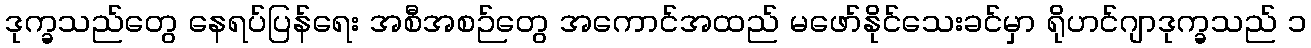
ဒုက္ခသည်တွေ နေရပ်ပြန်ရေး အစီအစဉ်တွေ အကောင်အထည် မဖော်နိုင်သေးခင်မှာ ရိုဟင်ဂျာဒုက္ခသည် ၁